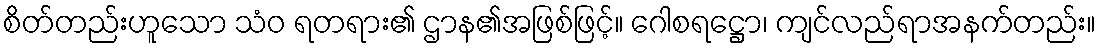
စိတ်တည်းဟူသော သံဝ ရတရား၏ ဌာန၏အဖြစ်ဖြင့်။ ဂေါစရဋ္ဌော၊ ကျင်လည်ရာအနက်တည်း။